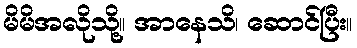
မိမိအလိုသို့။ အာနေသိ၊ ဆောင်ပြီး။